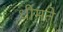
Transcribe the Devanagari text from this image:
धीमते